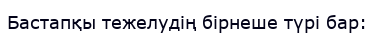
Бастапқы тежелудің бірнеше түрі бар: